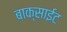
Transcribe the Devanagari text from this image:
बाक्साईट